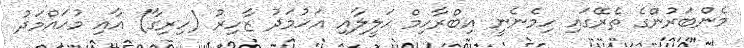
މެންބަރުންގެ ތެރޭގައި ހިމެނެނީ އިބްރާހިމް ހަލީލާއި އަހުމަދު ޒާހިރު (ހިރިގާ) އާއި މުހައްމަދު